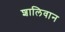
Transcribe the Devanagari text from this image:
शालिवान